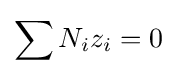
\sum N_{i}z_{i}=0